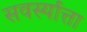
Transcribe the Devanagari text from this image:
सवर्स्यात्ता